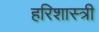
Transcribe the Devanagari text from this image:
हरिशास्त्री